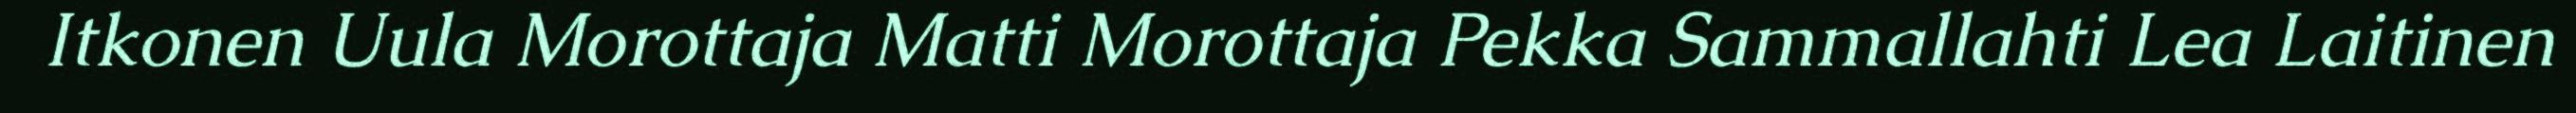
Itkonen Uula Morottaja Matti Morottaja Pekka Sammallahti Lea Laitinen